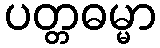
ပတ္တဓမ္မာ